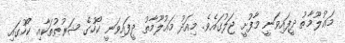
މަޢުލޫމާތު ދީފައިވަނީ މާފުށީ ޖަލުުގައެވެ. މިއަދު މަޢުލޫމާތު ދީފައިވަނީ ކޯހުގެ ޝަރުޠުތަކާއި ކޯހުގައި